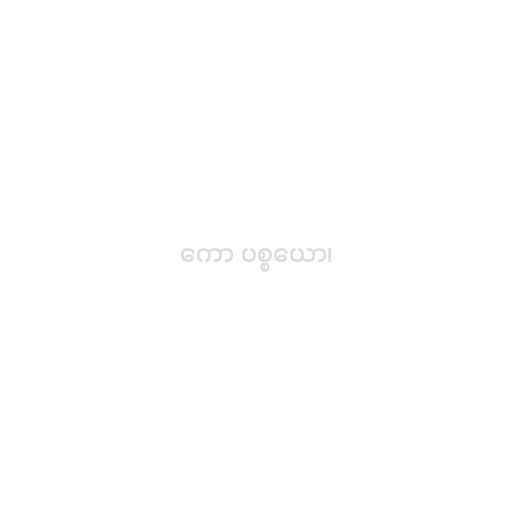
ကော ပစ္စယော၊